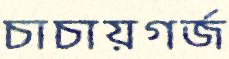
চাচায়গর্‌জ